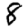
Digit: 8